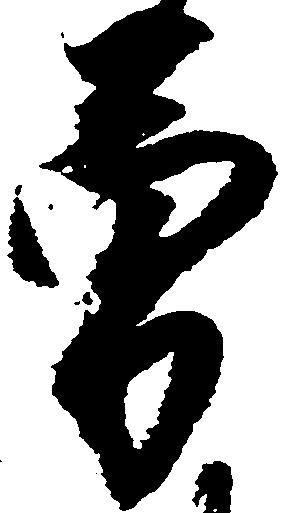
勇